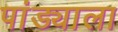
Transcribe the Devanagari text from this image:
पांड्याला